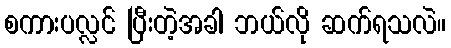
စကားပလ္လင် ပြီးတဲ့အခါ ဘယ်လို ဆက်ရသလဲ။